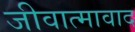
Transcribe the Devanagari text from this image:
जीवात्मावाद